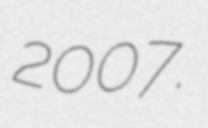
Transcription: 2007.